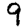
Digit: 9